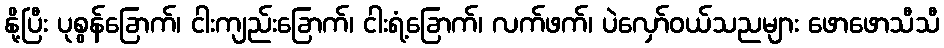
နို့ပြီး ပုစွန်ခြောက်၊ ငါးကျည်းခြောက်၊ ငါးရံ့ခြောက်၊ လက်ဖက်၊ ပဲလှော်ဝယ်သညများ ဖောဖောသီသီ